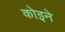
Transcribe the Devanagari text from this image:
कोइने